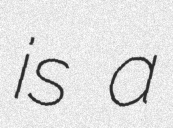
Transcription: is a